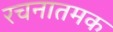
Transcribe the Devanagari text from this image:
रचनातमक